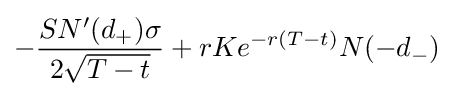
-{\frac {SN'(d_{+})\sigma }{2{\sqrt {T-t}}}}+rKe^{-r(T-t)}N(-d_{-})